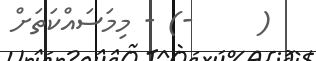
(     -) - މިމަސައްކަތަށް